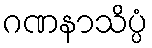
ဂဏနာသိပ္ပံ